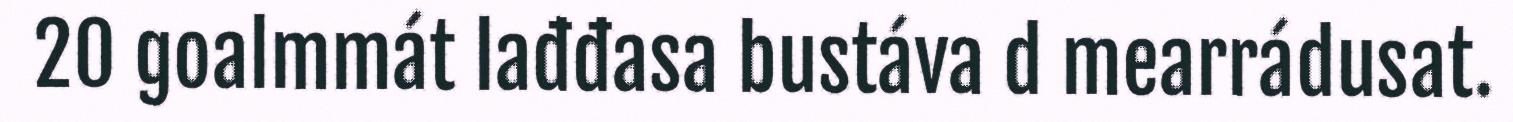
20 goalmmát lađđasa bustáva d mearrádusat.